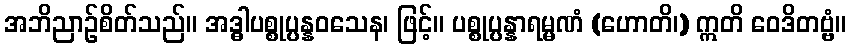
အဘိညာဉ်စိတ်သည်။ အဒ္ဓါပစ္စုပ္ပန္နဝသေန၊ ဖြင့်။ ပစ္စုပ္ပန္နာရမ္မဏံ (ဟောတိ၊) ဣတိ ဝေဒိတဗ္ဗံ။